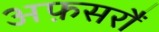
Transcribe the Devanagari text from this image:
अफ़सरौं